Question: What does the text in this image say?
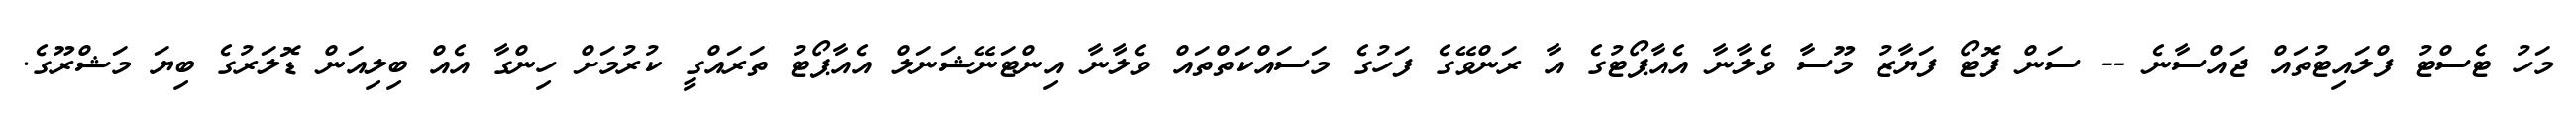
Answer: މަހު ޓެސްޓު ފްލައިޓުތައް ޖައްސާނެ -- ސަން ފޮޓޯ ފަޔާޒު މޫސާ ވެލާނާ އެއާޕޯޓުގެ އާ ރަންވޭގެ ފަހުގެ މަސައްކަތްތައް ވެލާނާ އިންޓަނޭޝަނަލް އެއާޕޯޓު ތަރައްގީ ކުރުމަށް ހިންގާ އެއް ބިލިއަން ޑޮލަރުގެ ބިޔަ މަޝްރޫގެ.